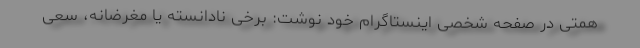
همتی در صفحه شخصی اینستاگرام خود نوشت: برخی نادانسته یا مغرضانه، سعی